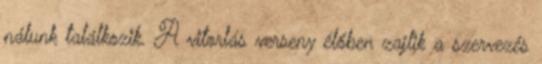
nálunk találkozik. A vitorlás verseny élőben zajlik a szervezés